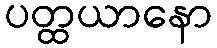
ပတ္ထယာနော